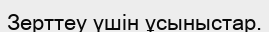
Зерттеу үшін ұсыныстар.